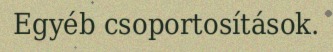
Egyéb csoportosítások.